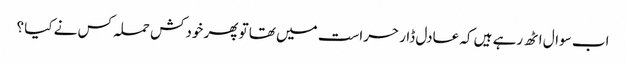
اب سوال اٹھ رہے ہیں کہ عادل ڈار حراست میں تھا تو پھر خودکش حملہ کس نے کیا ؟